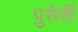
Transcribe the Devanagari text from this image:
पुसेशी